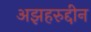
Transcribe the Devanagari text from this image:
अझहरुद्दीन